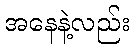
အနေနဲ့လည်း